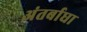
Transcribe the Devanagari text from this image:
अंतर्बाधा